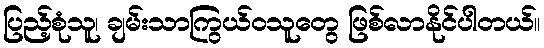
ပြည့်စုံသူ၊ ချမ်းသာကြွယ်ဝသူတွေ ဖြစ်လာနိုင်ပါတယ်။